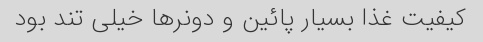
کیفیت غذا بسیار پائین و دونرها خیلی تند بود